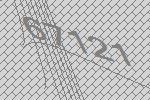
67121